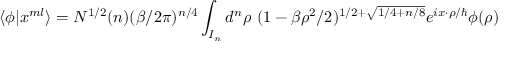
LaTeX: \langle \phi | x ^ { m l } \rangle = N ^ { 1 / 2 } ( n ) ( \beta / 2 \pi ) ^ { n / 4 } \int _ { I _ { n } } d ^ { n } \rho ~ ( 1 - \beta \rho ^ { 2 } / 2 ) ^ { 1 / 2 + \sqrt { 1 / 4 + n / 8 } } e ^ { i x \cdot \rho / \hbar } \phi ( \rho )